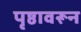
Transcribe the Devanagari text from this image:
पृष्ठावरून